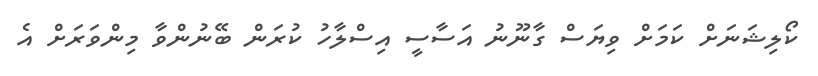
ކޯލިޝަނަށް ކަމަށް ވިޔަސް ގާނޫނު އަސާސީ އިސްލާހު ކުރަން ބޭނުންވާ މިންވަރަށް އެ